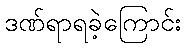
ဒဏ်ရာရခဲ့ကြောင်း